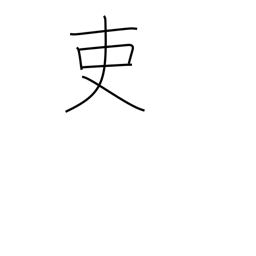
Meaning: an official